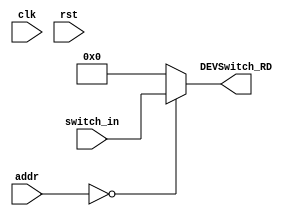
module switch(clk, rst, addr, DEVSwitch_RD, switch_in);
    input clk, rst;
    input [3:2] addr;
    input [31:0] switch_in;
    output [31:0] DEVSwitch_RD;

    assign DEVSwitch_RD = (addr == 2'b00) ? switch_in : 32'b0;
endmodule